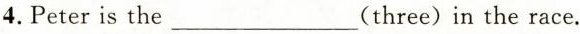
4.Peter is the___(three)in the race.